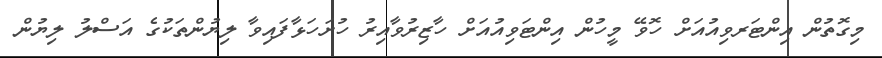
މިގޮތުން އިންޓަރވިއުއަށް ހޮވޭ މީހުން އިންޓަވިއުއަށް ހާޒިރުވާއިރު ހުށަހަޅާފައިވާ ލިޔުންތަކުގެ އަސްލު ލިޔުން